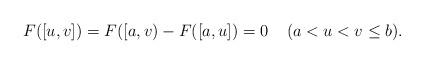
LaTeX: \begin{align*}F([u,v]) = F([a,v) - F([a,u]) =0\;\;\;\;(a<u<v\leq b).\end{align*}